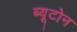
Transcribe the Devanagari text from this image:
ब्यूटोन